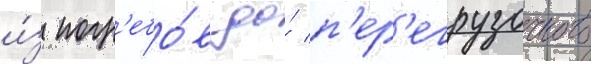
и́з погр'ебо́в до́ п'ер'егрузочного